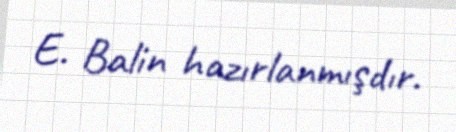
E. Balin hazırlanmışdır.